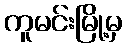
ကူမင်းမြို့မှ